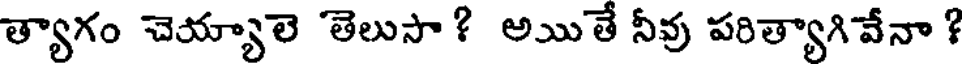
త్యాగం చెయ్యాలె తెలుసా? అతే నీవు పరిత్యాగివేనా ?